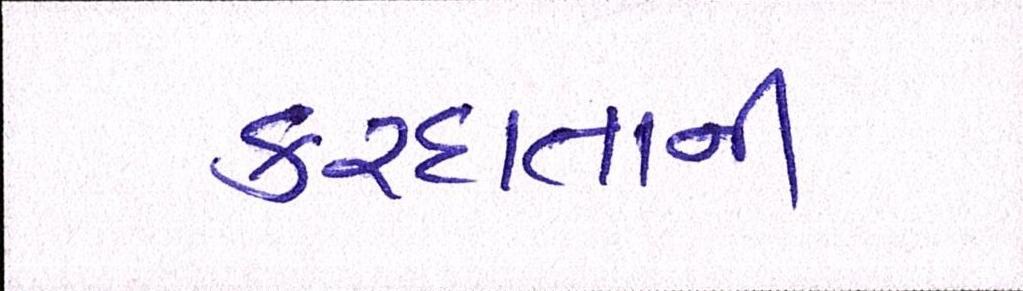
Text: કરદાતાની